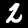
Digit: 2